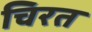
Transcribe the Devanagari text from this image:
चिरत